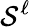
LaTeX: \mathcal{S}^{\ell}